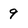
Character: 9